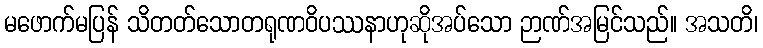
မဖောက်မပြန် သိတတ်သောတရုဏဝိပဿနာဟုဆိုအပ်သော ဉာဏ်အမြင်သည်။ အသတိ၊